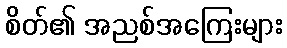
စိတ်၏ အညစ်အကြေးများ